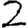
Digit: 2